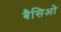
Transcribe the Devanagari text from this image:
बैसिओ